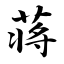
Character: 蒋